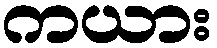
ကယား